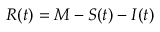
R ( t ) = M - S ( t ) - I ( t )